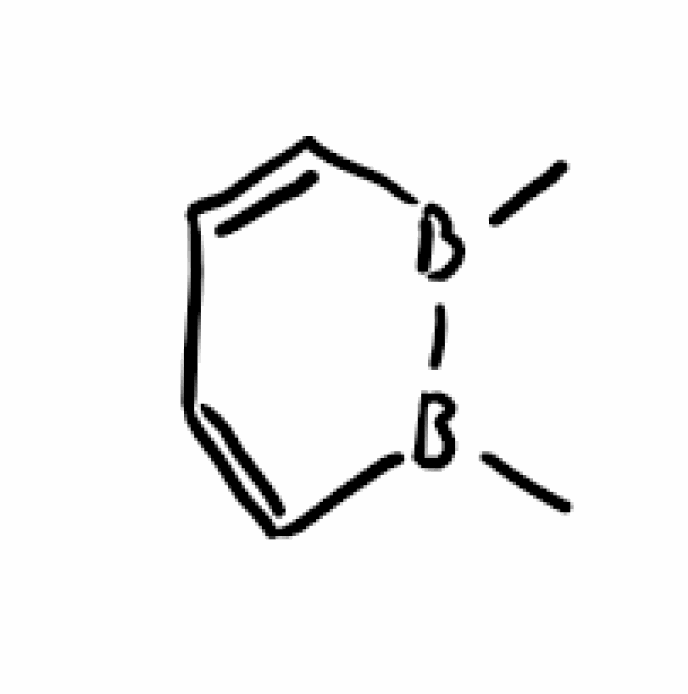
Simplified molecular-input line-entry system (SMILES) notation of the given molecule:
B1(B(C=CC=C1)C)C